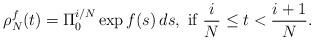
LaTeX: \begin{align*}\rho^f_N(t)=\Pi_0^{i/N}\exp f(s)\,ds,\mbox{ if }\frac iN\leq t<\frac{i+1}N.\end{align*}